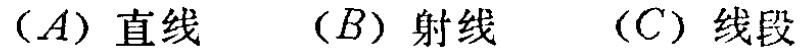
$(A)\ 直线\quad (B)\ 射线\quad (C)\ 线段$